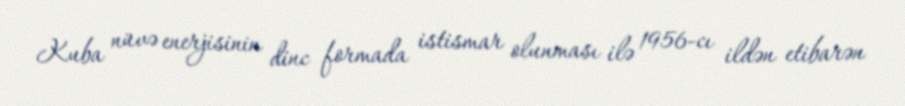
Kuba nüvə enerjisinin dinc formada istismar olunması ilə 1956-cı ildən etibarən